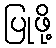
ပြုဖို့